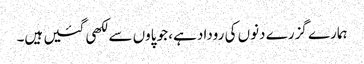
ہمارے گزرے دنوں کی روداد ہے، جو پاوں سے لکھی گئیں ہیں۔